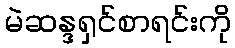
မဲဆန္ဒရှင်စာရင်းကို